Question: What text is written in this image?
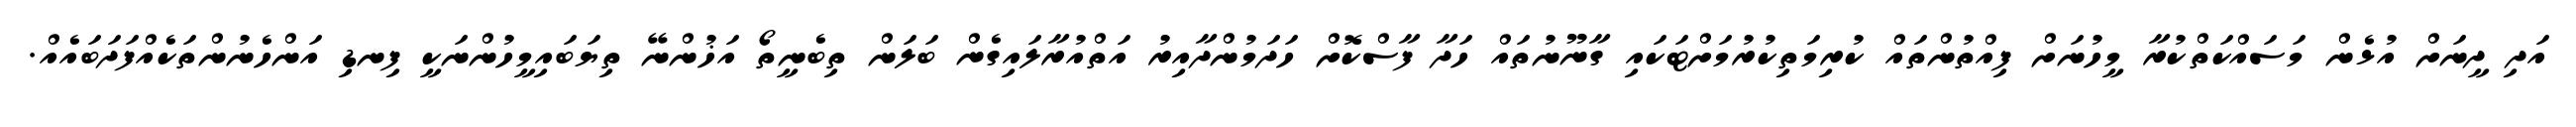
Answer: އަދި ދީނަށް އުޅެން މަސައްކަތްކުރާ މީހުނަށް ފިއްތުންތައް ކުރިމަތިކުރުމަށްޓަކައި ގާނޫނުތައް ހަދާ ފާސްކޮށް ހަދަމުންދާއިރު އަތްއުރާލައިގެން ބަލަން ތިބެނީތޯ އަޚުންނޭ ތިޔަބައިމީހުންނަކީ ފިނޑި އަންހެނުންތަކެއްފަދަބައެއް.